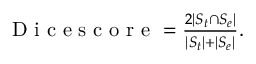
\begin{array} { r } { \textrm { D i c e s c o r e } = \frac { 2 | S _ { t } \cap S _ { e } | } { | S _ { t } | + | S _ { e } | } . } \end{array}